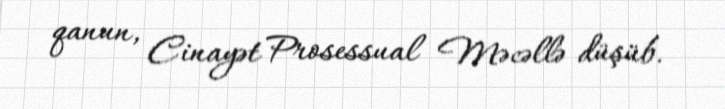
qanun, Cinayət Prosessual Məcəllə düşüb.